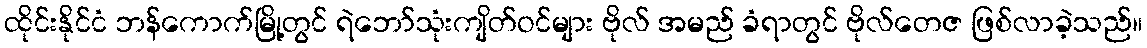
ထိုင်းနိုင်ငံ ဘန်ကောက်မြို့တွင် ရဲဘော်သုံးကျိတ်ဝင်များ ဗိုလ် အမည် ခံရာတွင် ဗိုလ်တေဇ ဖြစ်လာခဲ့သည်။